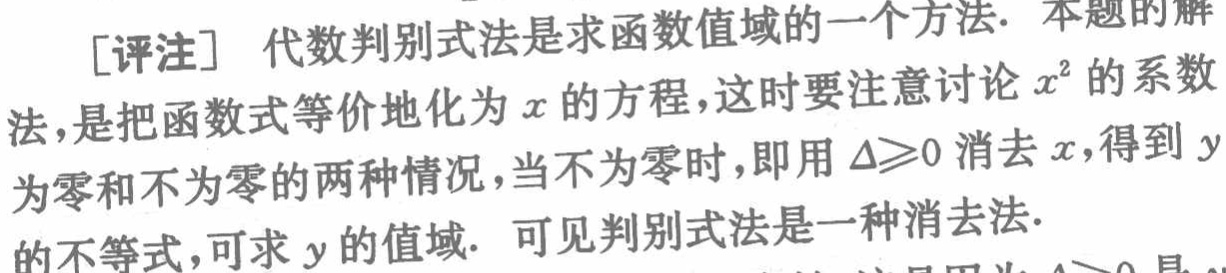
[评注] 代数判别式法是求函数值域的一个方法. 本题的解

法，是把函数式等价地化为\(x\)的方程，这时要注意讨论\(x^{2}\)的系数

为零和不为零的两种情况，当不为零时，即用\(\Delta\geqslant0\)消去\(x\)，得到\(y\)

的不等式，可求\(y\)的值域. 可见判别式法是一种消去法.